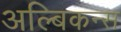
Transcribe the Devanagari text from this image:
अल्बिकन्स